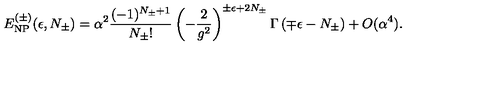
E _ { \mathrm { N P } } ^ { ( \pm ) } ( \epsilon , N _ { \pm } ) = \alpha ^ { 2 } \frac { ( - 1 ) ^ { N _ { \pm } + 1 } } { N _ { \pm } ! } \left( - \frac { 2 } { g ^ { 2 } } \right) ^ { \pm \epsilon + 2 N _ { \pm } } \Gamma \left( \mp \epsilon - N _ { \pm } \right) + O ( \alpha ^ { 4 } ) .